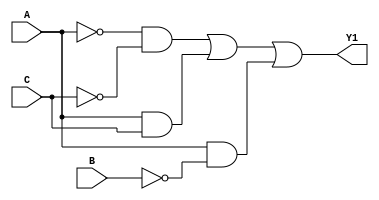
//Diego Alejandro Mendez
//Carnet 19673
//Ejercicio 04
module E1_1GL(input wire A, B, C, output wire Y1);
//ejercicio 1.1 con GateLevel Modeling

  wire outAN, outBN, outCN, out01, out02, out03, out04;

//not's
  not U1 (outAN,A);
  not U2 (outBN,B);
  not U3 (outCN,C);

//compuertas

  and U4 (out01, outAN, outCN);
  and U5 (out02, A, C);
  and U6 (out03, A, outBN);
  or U7 (Y1, out01, out02, out03);
endmodule

module E1_2GL(input wire A, B, C, output wire Y2);
//ejercicio 1.2 con GateLevel Modeling

  wire outAN, outBN, outCN, out01, out02, out03, out04;

//not's
  not U2 (Y2,B);

endmodule

module E1_3OP(input wire A, B, C, D, output wire Y3);
//ejercicio 1.3 con operadores
  assign Y3 = (~A & ~B & ~C & ~D) | (~A & ~B & C & D) | (~A & B & ~C & D) | (~A & B & C & ~D) | (A & B & ~C & ~D) | (A & B & C & D) | (A & ~B & ~C & D) | (A & ~B & C & ~D);

endmodule

module E1_4GL (input wire A, B, C, D, output wire Y4);
  //Ejercicio 1.4 con GateLevel Modeling

  wire outAN, outBN, outCN, outDN, out01, out02, out03, out04;
  //not's
    not U1 (outAN,A);
    not U2 (outBN,B);
    not U3 (outCN,C);
    not U4 (outDN,D);

  //compuertas

  and U5(out01, A, B);
  and U6(out02, A, outCN, outDN);
  and U7(out03, A, B, C);
  or U8(Y4, out01, out02, out03);
endmodule //E1_4

module E2_1OP (input wire A, B, C, D, output wire Y5);
//Ejercicio 2.1  con operadores
  assign Y5 = (~B & ~C & ~D) | (A & ~C) | (A & ~B) | (A & C & ~D);

endmodule // E2_1OP


module E2_2GL (input A, B, C, output wire Y6);
//Ejercicio 2.2 con GateLevel Modeling

  //Not's
  not U1 (outAN,A);
  not U2 (outBN,B);
  not U3 (outCN,C);

  //compuertas
  or U5 (Y6, C, outBN);

endmodule // E2_2GL

module E2_3OP (input A, B, C, D, output wire Y7);

  assign Y7= (B) | (~C & D) | (A & ~B & D);

endmodule // E2_3OP

module E2_4OP (input A, B, C, output wire Y8);

  assign Y8 = (B) | (~A & ~C);

endmodule // E2_4OP